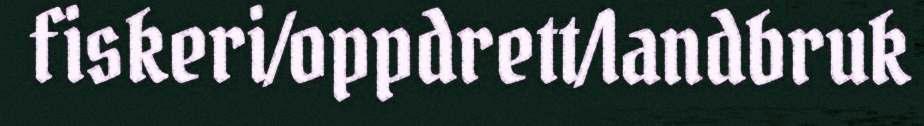
fiskeri/oppdrett/landbruk